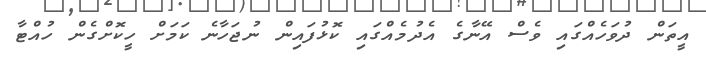
އީތަން ދުވަހެއްގައި ވެސް އޭނާގެ އެދުމެއްގައި ކޮޅުފައިން ނުޖަހާނެ ކަމަށް ހީކޮށްގެން ހުއްޓާ